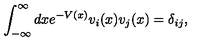
\int _ { - \infty } ^ { \infty } d x e ^ { - V \left( x \right) } v _ { i } ( x ) v _ { j } ( x ) = \delta _ { i j } ,